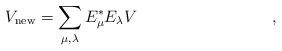
LaTeX: \begin{align*}V_{\mathrm{new}} = \sum_{\mu, \lambda} E_\mu^*E_\lambda V&&,\end{align*}